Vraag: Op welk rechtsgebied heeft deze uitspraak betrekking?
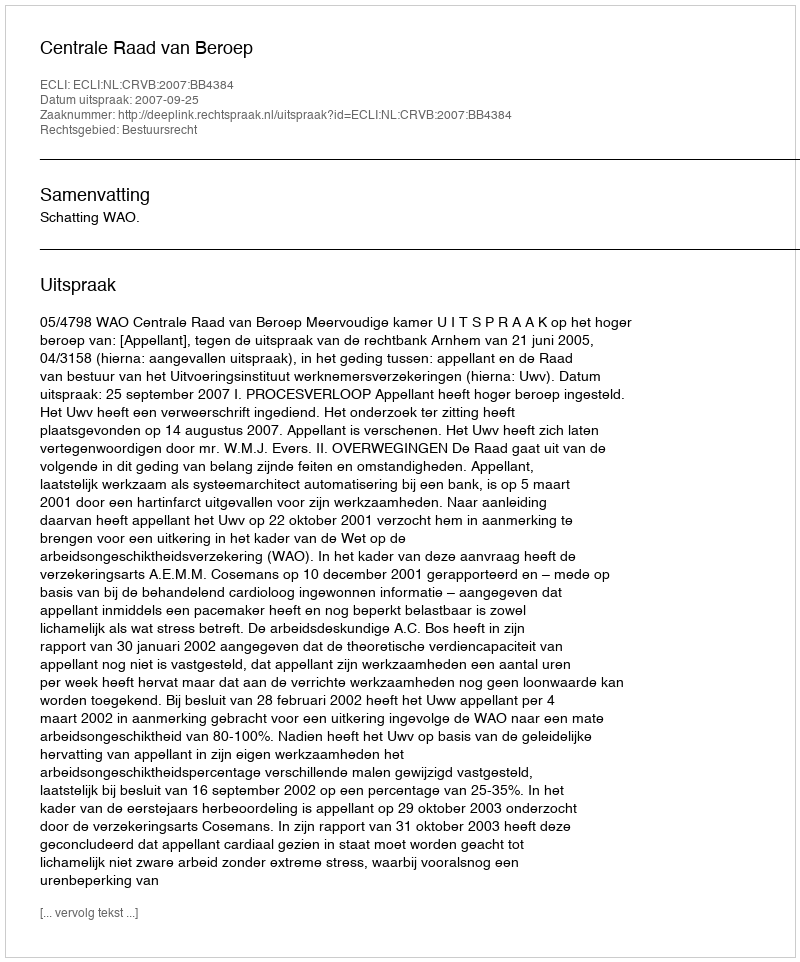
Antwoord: Bestuursrecht